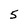
Character: 5